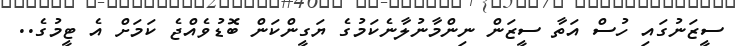
ސީޒަނުގައި ހުސް އަތާ ސީޒަން ނިންމާނުލާނެކަމުގެ ޔަގީންކަން ބޮޑުވެއްޖެ ކަމަށް އެ ޓީމުގެ..